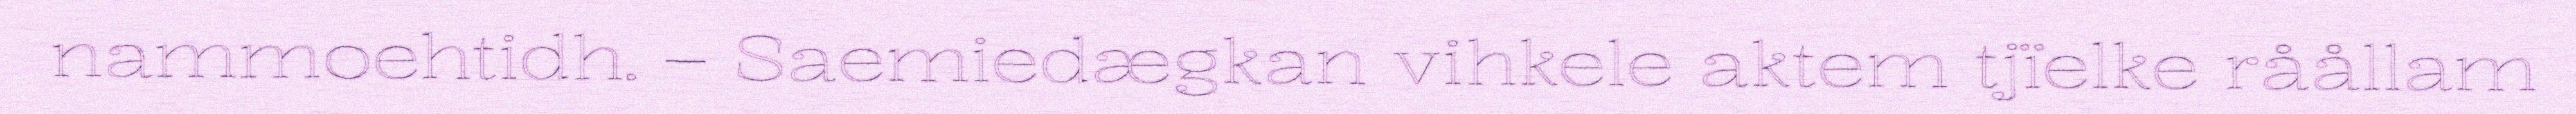
nammoehtidh. – Saemiedægkan vihkele aktem tjïelke råållam